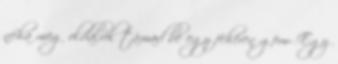
néha meg oldalról támad be egy fehéren göm- Egy